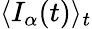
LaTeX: \langle I_{\alpha}(t)\rangle_{t}